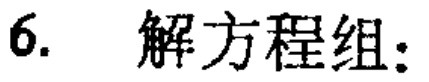
6. 解方程组: